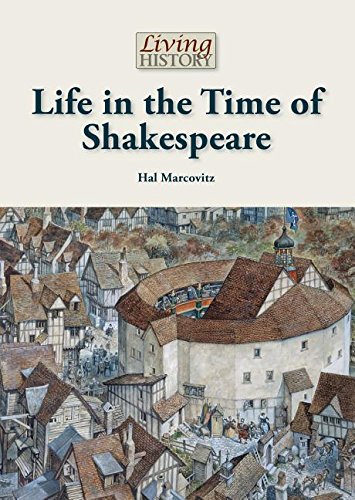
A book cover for Life in the Time of Shakespeare (Living History); Hal Marcovitz; Teen & Young Adult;